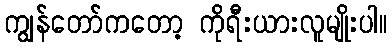
ကျွန်တော်ကတော့ ကိုရီးယားလူမျိုးပါ။